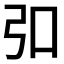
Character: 𪪺